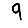
Digit: 9